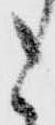
も